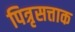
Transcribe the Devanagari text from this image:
पित्रृसत्ताक